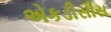
એકડીસીસ